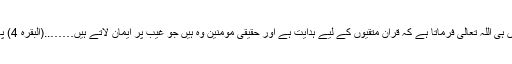
حضور انور ایدہ اللہ تعالیٰ نے فرمایا کہ سورۃ بقرہ کے آغاز میں ہی اللہ تعالیٰ فرماتا ہے کہ قرآن متقیوں کے لیے ہدایت ہے اور حقیقی مومنین وہ ہیں جو غیب پر ایمان لاتے ہیں……..(البقرہ 4) پھر نماز اسی طرح فرض ہے جس طرح ماضی میں فرض تھی ۔